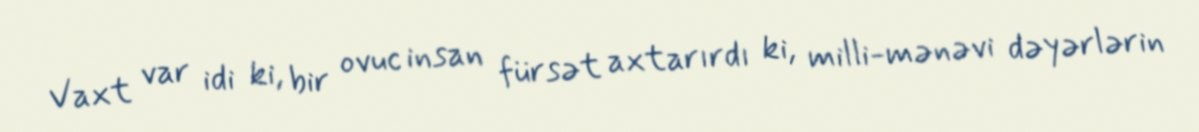
Vaxt var idi ki, bir ovuc insan fürsət axtarırdı ki, milli-mənəvi dəyərlərin